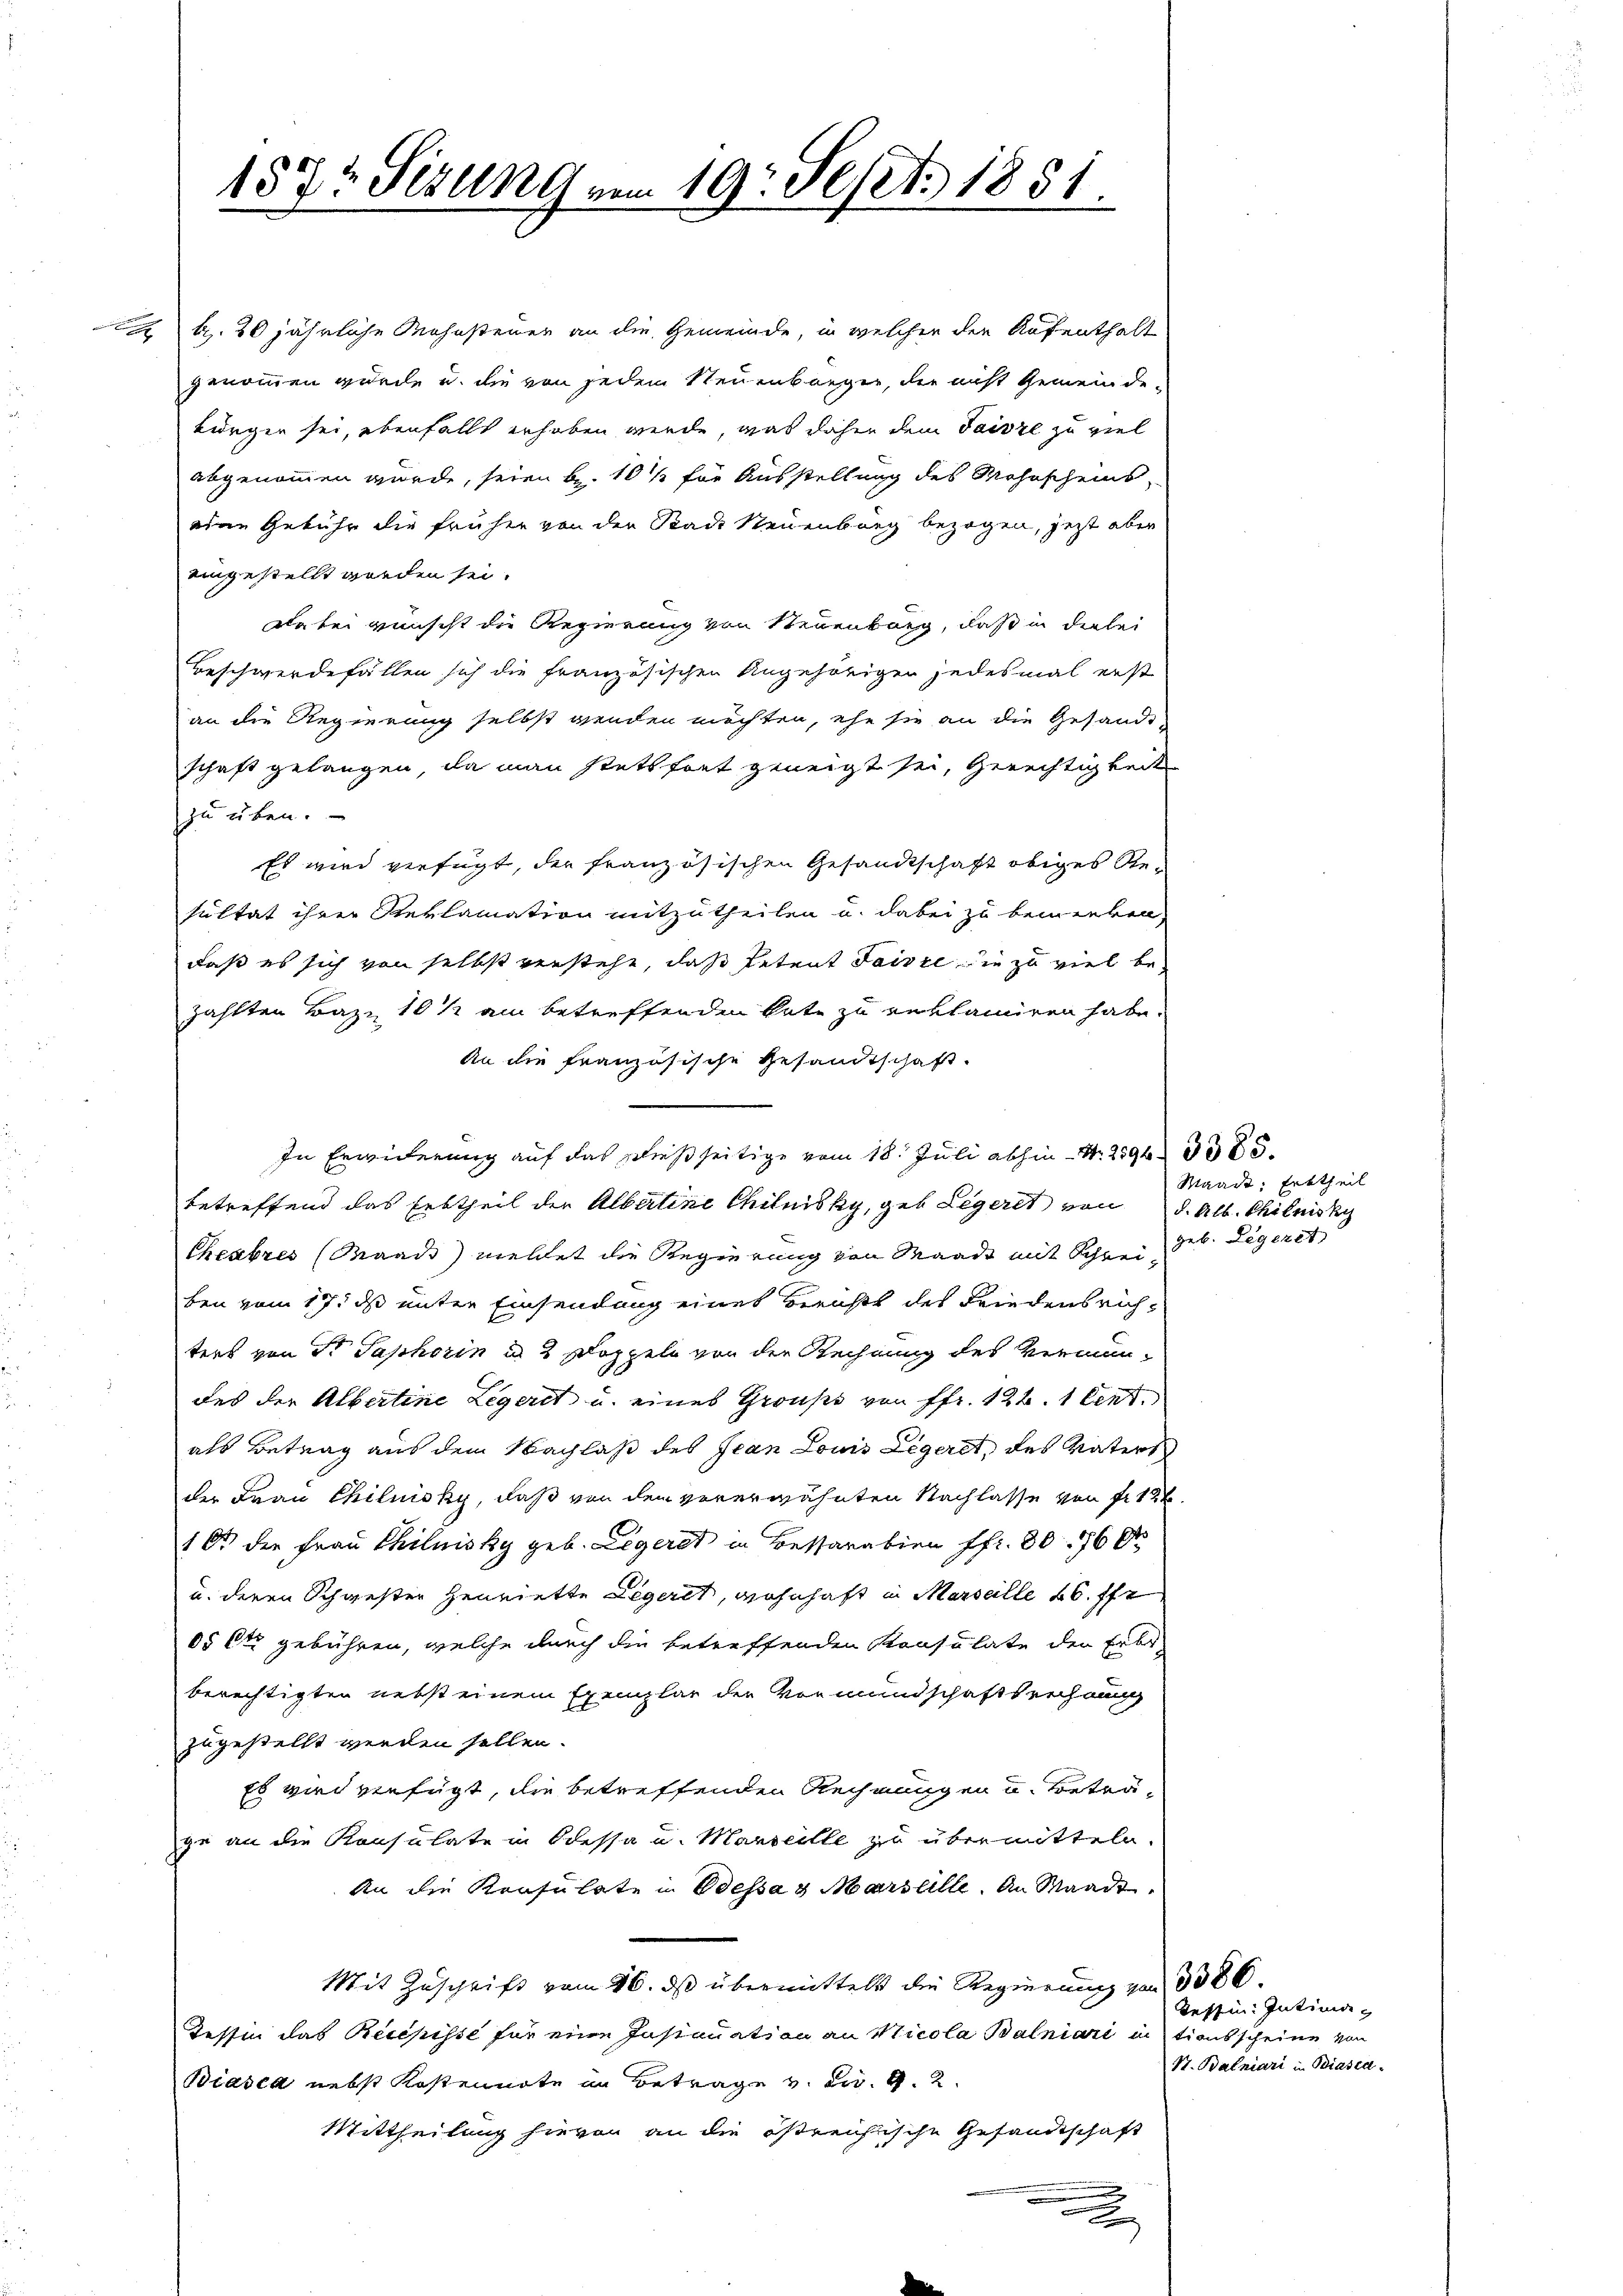
A b. 20 jährliche Mahnsteuer an die Gemeinde, in welcher den Aufenthalt
genommen wurde u. die von jedem Neuenburger, die nicht Gemeinde-
bürgen sei, ebenfalls erhoben werde, was daher dem Taisze zu viel
abgenommen wurde, seien br. 10 % für Ausstellung des Wohnscheins,
oden Gebühr die früher von der Rade Neuenburg bezogen, jetzt aber
eingestellt worden sei.
Da bei wünscht die Regierung von Neuenburg, daß in der lei
Beschwerdefällen sich die französischen Angehörigen jedesmal erst
an die Regierung selbst werden möchten, ehe sie an die Gesandt
schaft gelangen, da man stetsfort geneigt sei, Gerechtigkeit
zu üben.
Es wird verfügt, der französischen Gesandtschaft obiges Resultat ihrer Reklamation mitzutheilen u. dabei zu bemerken,
daß es sich von selbst versteht, daß Petent saisie die zu viel bezahlten Baze 10 ½ am betreffenden Rate zu erklamiren habe.
An die französische Gesandtschaft
In Erwiderung auf das schießseitige vom 18. Juli abhin N. 259685.
betreffend das Erbtheil der Albertine Chilnisky, geb. Legerit von d. Alb. Chinist
Theabres (Maads) meldet die Regierung von Waadt mit Schrei geb. Legeret
ben vom 17. ds unter Einsendung eines Berichts des Friedensrichters von Sr. Taphorin u. 2 Doppeln von der Rechnung des Vermundes der Albertine Legeret u. eines Grouss von ffr. 126. 1 Cent
als Betrag aus dem Nachlaß des Jean Louis Legeret, des Vaters
der Frau Chiluisky, daß von dem vorerwähnten Nachlasse von fr. 122.
10 der Frau Chiluisky geb. Legerst in Bessarabien ffr. 80 760
u. deren Schwester heuriette Legeret, wohnhaft in Marseille 46 ff
05 Cts. gebühren, welche durch die betreffenden Konsulate der Erbs-
berechtigten nebst einem Exemplar der Vormundschaftsrechnung
zugestellt werden sollen.
Es wird verfügt, die betreffenden Rechnungen u. Beträge an die Konsulate in Odessa u. Marseille zu übermitteln.
An die Konsulate in Odessa & Marseille. An Waadt,
Mit Zuschrift vom 16. ds übermittelt die Regierung von 3386.
Tessin das Recepisse für eine Instauation an Nicola Balniari intionsscheine von
Biasca nebst Kostennote an Betrage v. Fr. 9.2.
Mittheilung hievon an die östreichische Gesandtschaft
x

157t Sizung vom 19t Sept. 1851.

Waadt: Erbtheil

Tessin: Intima¬
St. Balniari in Biasca